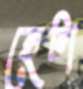
হেটা